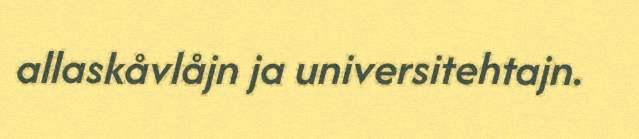
allaskåvlåjn ja universitehtajn.